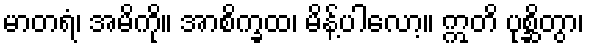
မာတရံ၊ အမိကို။ အာစိက္ခထ၊ မိန့်ပါလော့။ ဣတိ ပုစ္ဆိတွာ၊